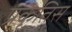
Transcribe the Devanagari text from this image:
प्रकृतिस